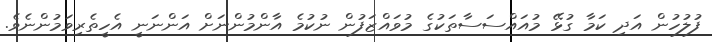
ފުލުހުން އަދި ކަމާ ގުޅޭ މުއައްސަސާތަކުގެ މުވައްޒަފުން ނުކުމެ އާންމުންނަށް އަންނަނީ އެހީތެރިވަމުންނެވެ.